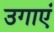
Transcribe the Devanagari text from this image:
उगाएं